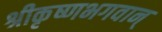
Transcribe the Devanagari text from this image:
श्रीकृष्णभगवान्